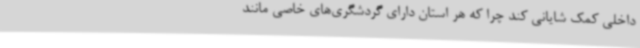
داخلی کمک شایانی کند چرا که هر استان دارای گردشگری‌های خاصی مانند